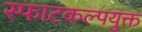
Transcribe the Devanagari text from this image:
स्फाटकल्पयुक्त